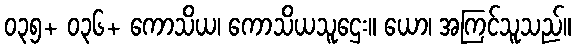
၀၃၅+ ၀၃၆+ ကောသိယ၊ ကောသိယသူဌေး။ ယော၊ အကြင်သူသည်။